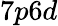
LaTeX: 7p6d